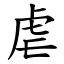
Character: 虐